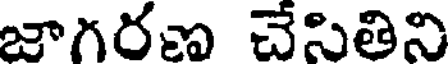
జాగరణ చేసితిని